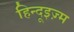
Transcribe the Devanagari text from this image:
हिन्दूइज़्म